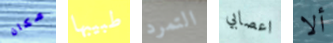
مكان طبيبها التمرد اعصابي ألا